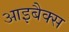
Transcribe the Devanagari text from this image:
आइबैक्स